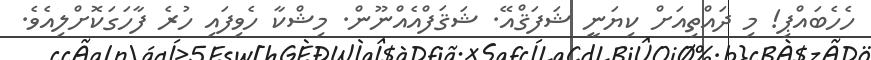
ހެހެބައްޕި! މި ދައްތިއަށް ކިޔަނީ ޝަފަޤްއޭ. ޝަޤަފްއެއްނޫން. މިޝްކާ ހެވިފައި ހުރެ ފާހަގަކޮށްލިއެވެ.